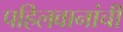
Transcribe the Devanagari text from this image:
पहिलवानांची